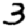
Digit: 3